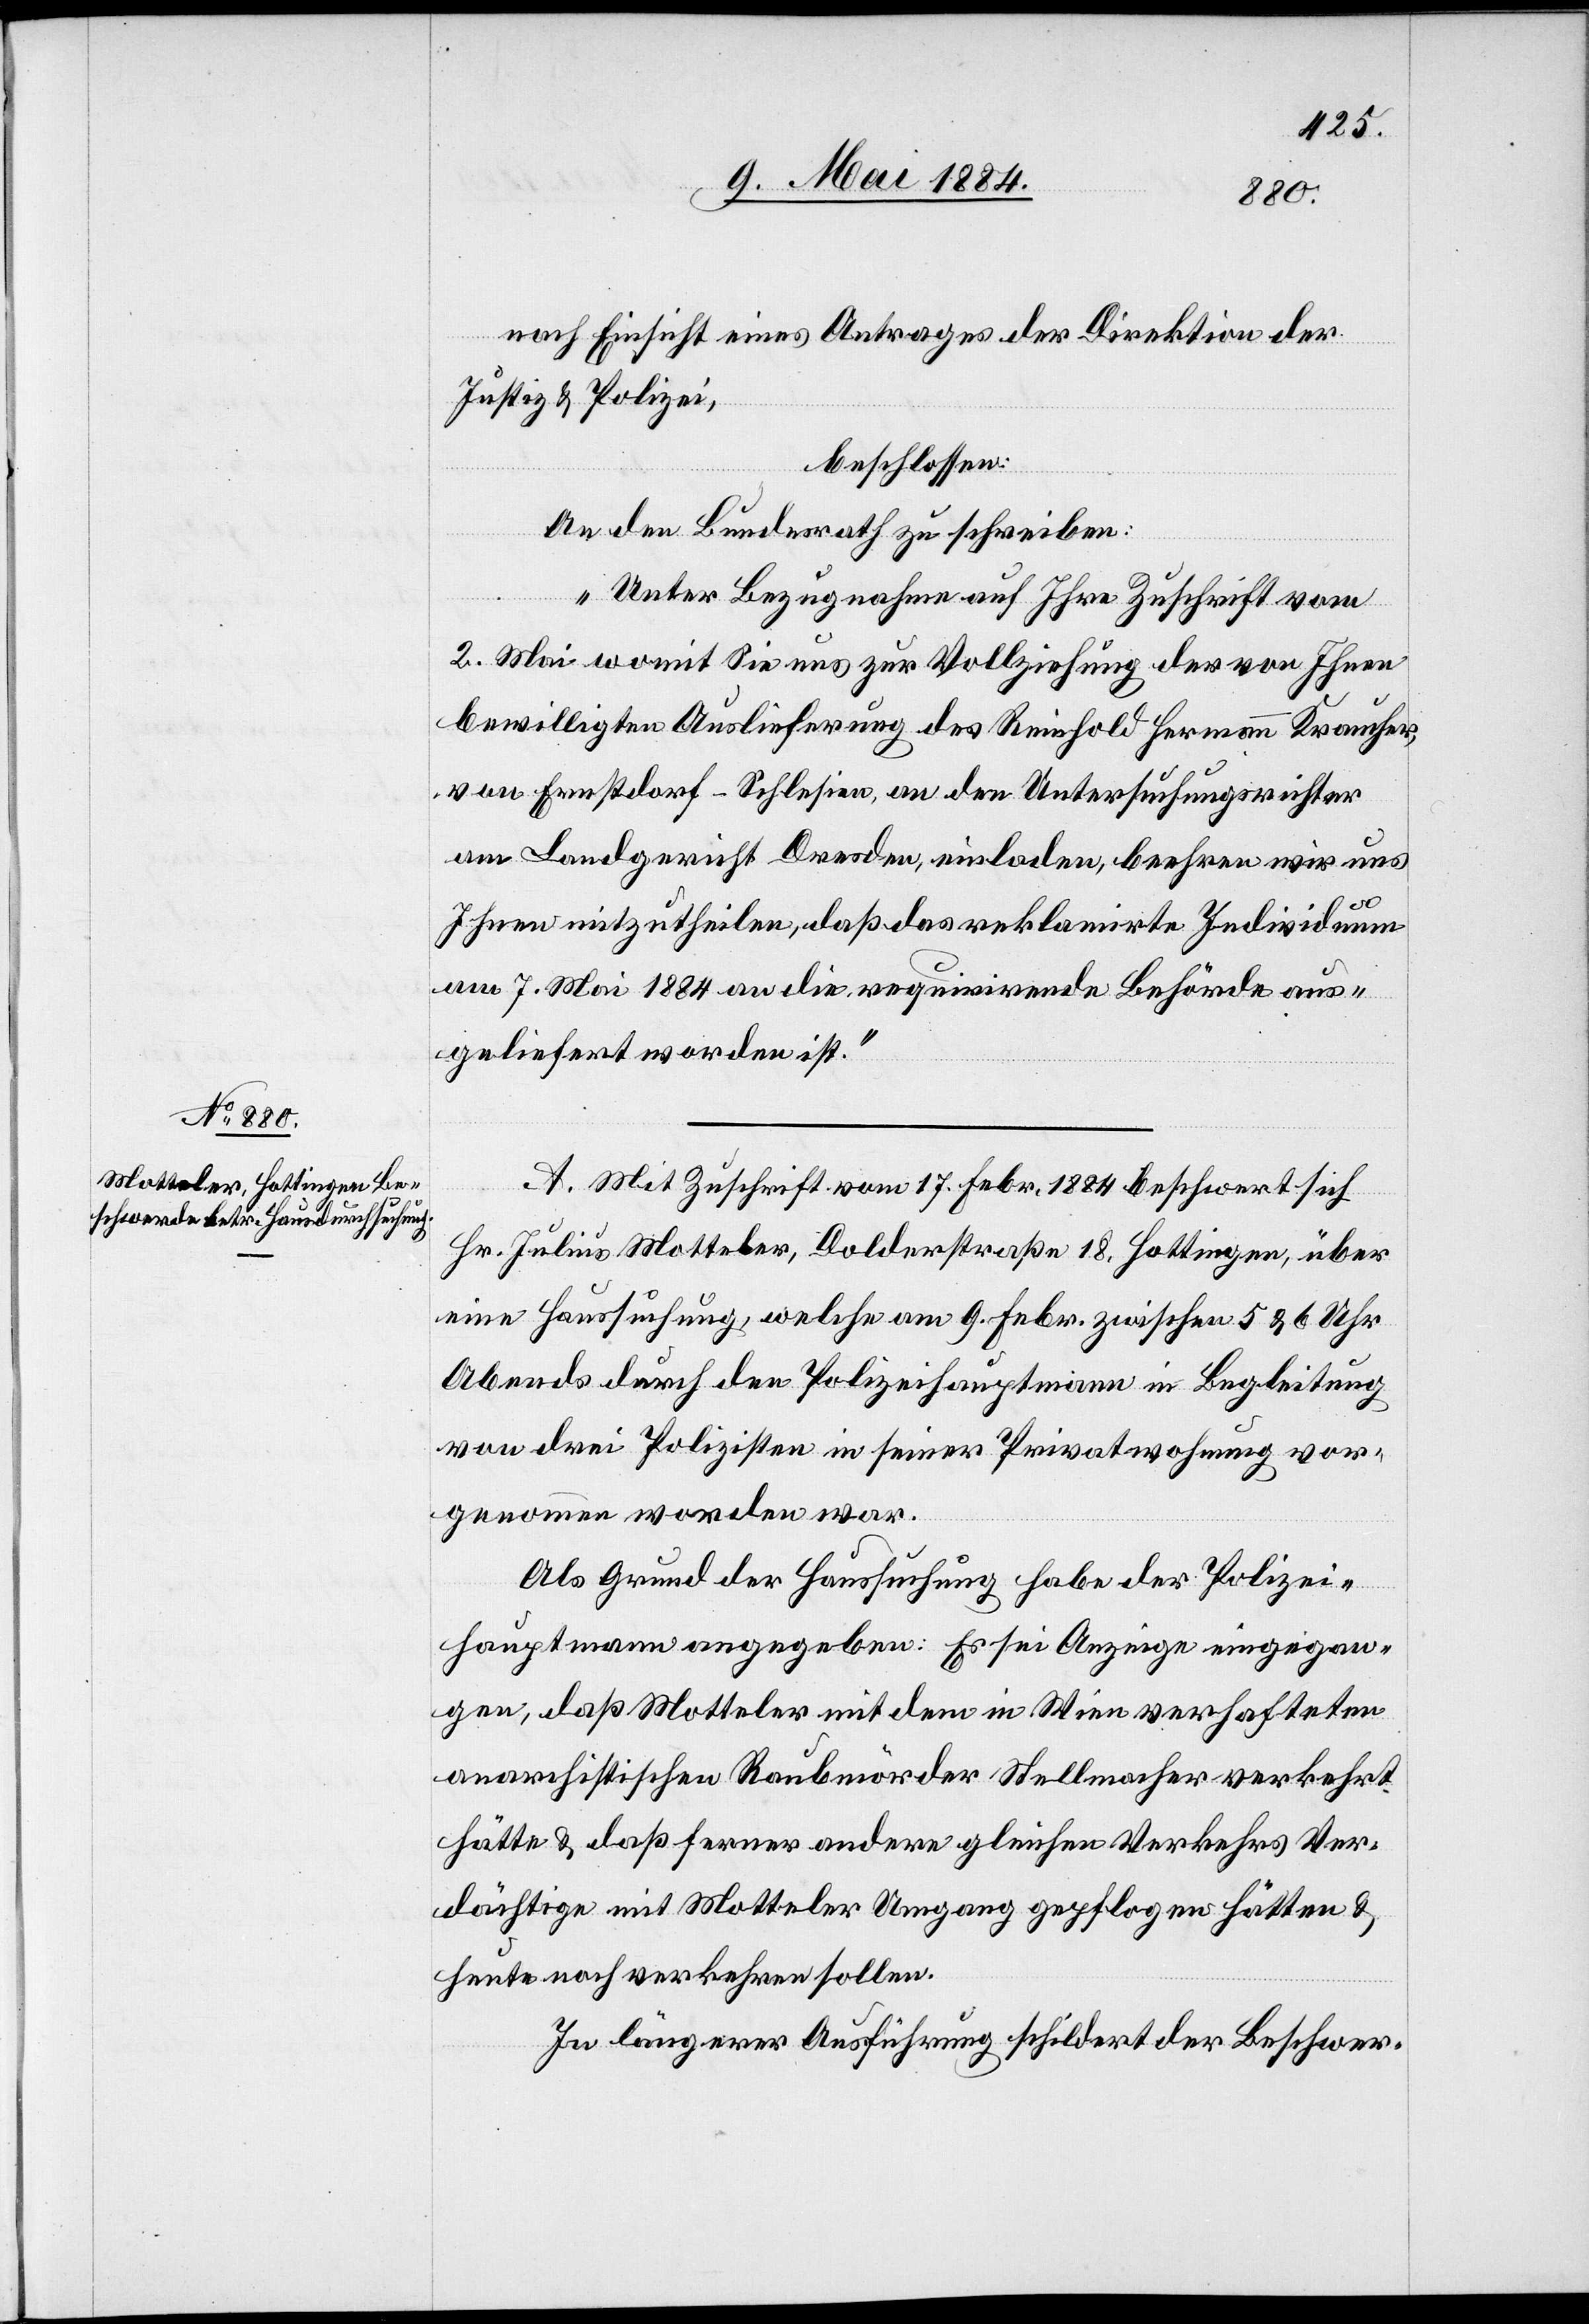
nach Einsicht eines Antrages der Direktion der
Justiz & Polizei,
beschlossen:
An den Bundesrath zu schreiben:
„Unter Bezugnahme auf Ihre Zuschrift vom
2. Mai womit Sie uns zur Vollziehung der von Ihnen
bewilligten Auslieferung des Reinhold Hermann Kraucher,
von Ernstdorf - Schlesien, an den Untersuchungsrichter
am Landgericht Dresden, einladen, beehren wir uns
Ihnen mitzutheilen, daß das reklamirte Individuum
am 7. Mai 1884 an die requirirende Behörde aus¬
geliefert worden ist.“
A. Mit Zuschrift vom 17. Febr. 1884 beschwert sich
Hr. Julius Motteler, Dolderstraße 18, Hottingen, über
eine Haussuchung, welche am 9. Febr. zwischen 5 & 6 Uhr
Abends durch den Polizeihauptmann in Begleitung
von drei Polizisten in seiner Privatwohnung vor¬
genommen worden war.
Als Grund der Haussuchung habe der Polizei¬
hauptmann angegeben: Es sei Anzeige eingegan¬
gen, daß Motteler mit dem in Wein verhafteten
anarchistischen Raubmörder Stellmacher verkehrt
hätte & daß ferner andern gleichen Verkehrs Ver¬
dächtige mit Motteler Umgang gepflogen hätten &
heute noch verkehren sollen.
In längerer Ausführung schildert der Beschwer-